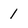
Character: 1